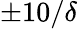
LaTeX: \pm 10/\delta